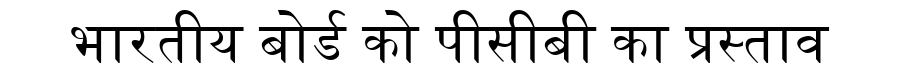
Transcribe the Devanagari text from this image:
भारतीय बोर्ड को पीसीबी का प्रस्ताव